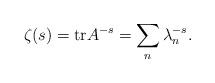
LaTeX: \begin{align*}\zeta(s) = {\rm tr} A^{-s} = \sum_n \lambda_n^{-s}.\end{align*}